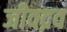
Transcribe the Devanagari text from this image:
जीवद्रव